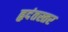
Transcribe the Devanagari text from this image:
हृदंतस्तर